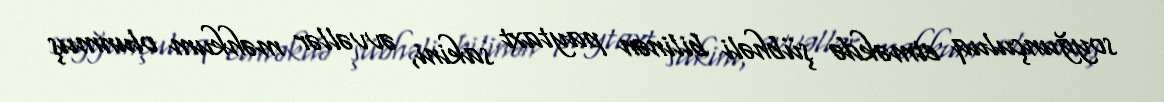
soyğunçuluq etməkdə şübhəli bilinən paytaxt sakini, əvvəllər məhkum olunmuş